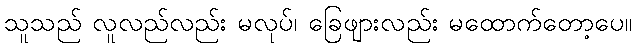
သူသည် လူလည်လည်း မလုပ်၊ ခြေဖျားလည်း မထောက်တော့ပေ။